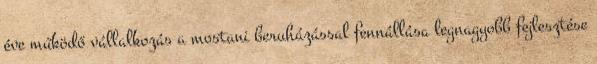
éve működő vállalkozás a mostani beruházással fennállása legnagyobb fejlesztése